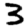
Digit: 3